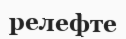
релефте